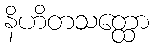
နိဟိတသတ္ထော